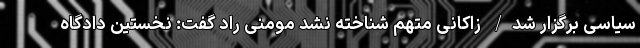
سیاسی برگزار شد/ زاکانی متهم شناخته نشد مومنی راد گفت: نخستین دادگاه